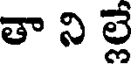
తా ని ల్లే